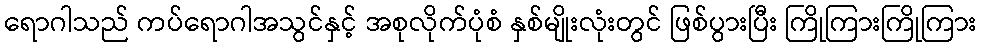
ရောဂါသည် ကပ်ရောဂါအသွင်နှင့် အစုလိုက်ပုံစံ နှစ်မျိုးလုံးတွင် ဖြစ်ပွားပြီး ကြိုကြားကြိုကြား